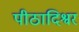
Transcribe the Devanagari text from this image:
पीठादिश्वर